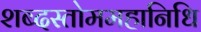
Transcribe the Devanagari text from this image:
शब्दस्तोममहानिधि